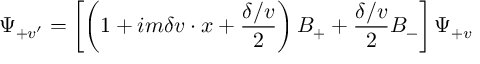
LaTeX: \Psi _ { + v ^ { \prime } } = \left[ \left( 1 + i m \delta v \cdot x + \frac { \delta \slash v } { 2 } \right) B _ { + } + \frac { \delta \slash v } { 2 } B _ { - } \right] \Psi _ { + v }